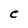
Character: c